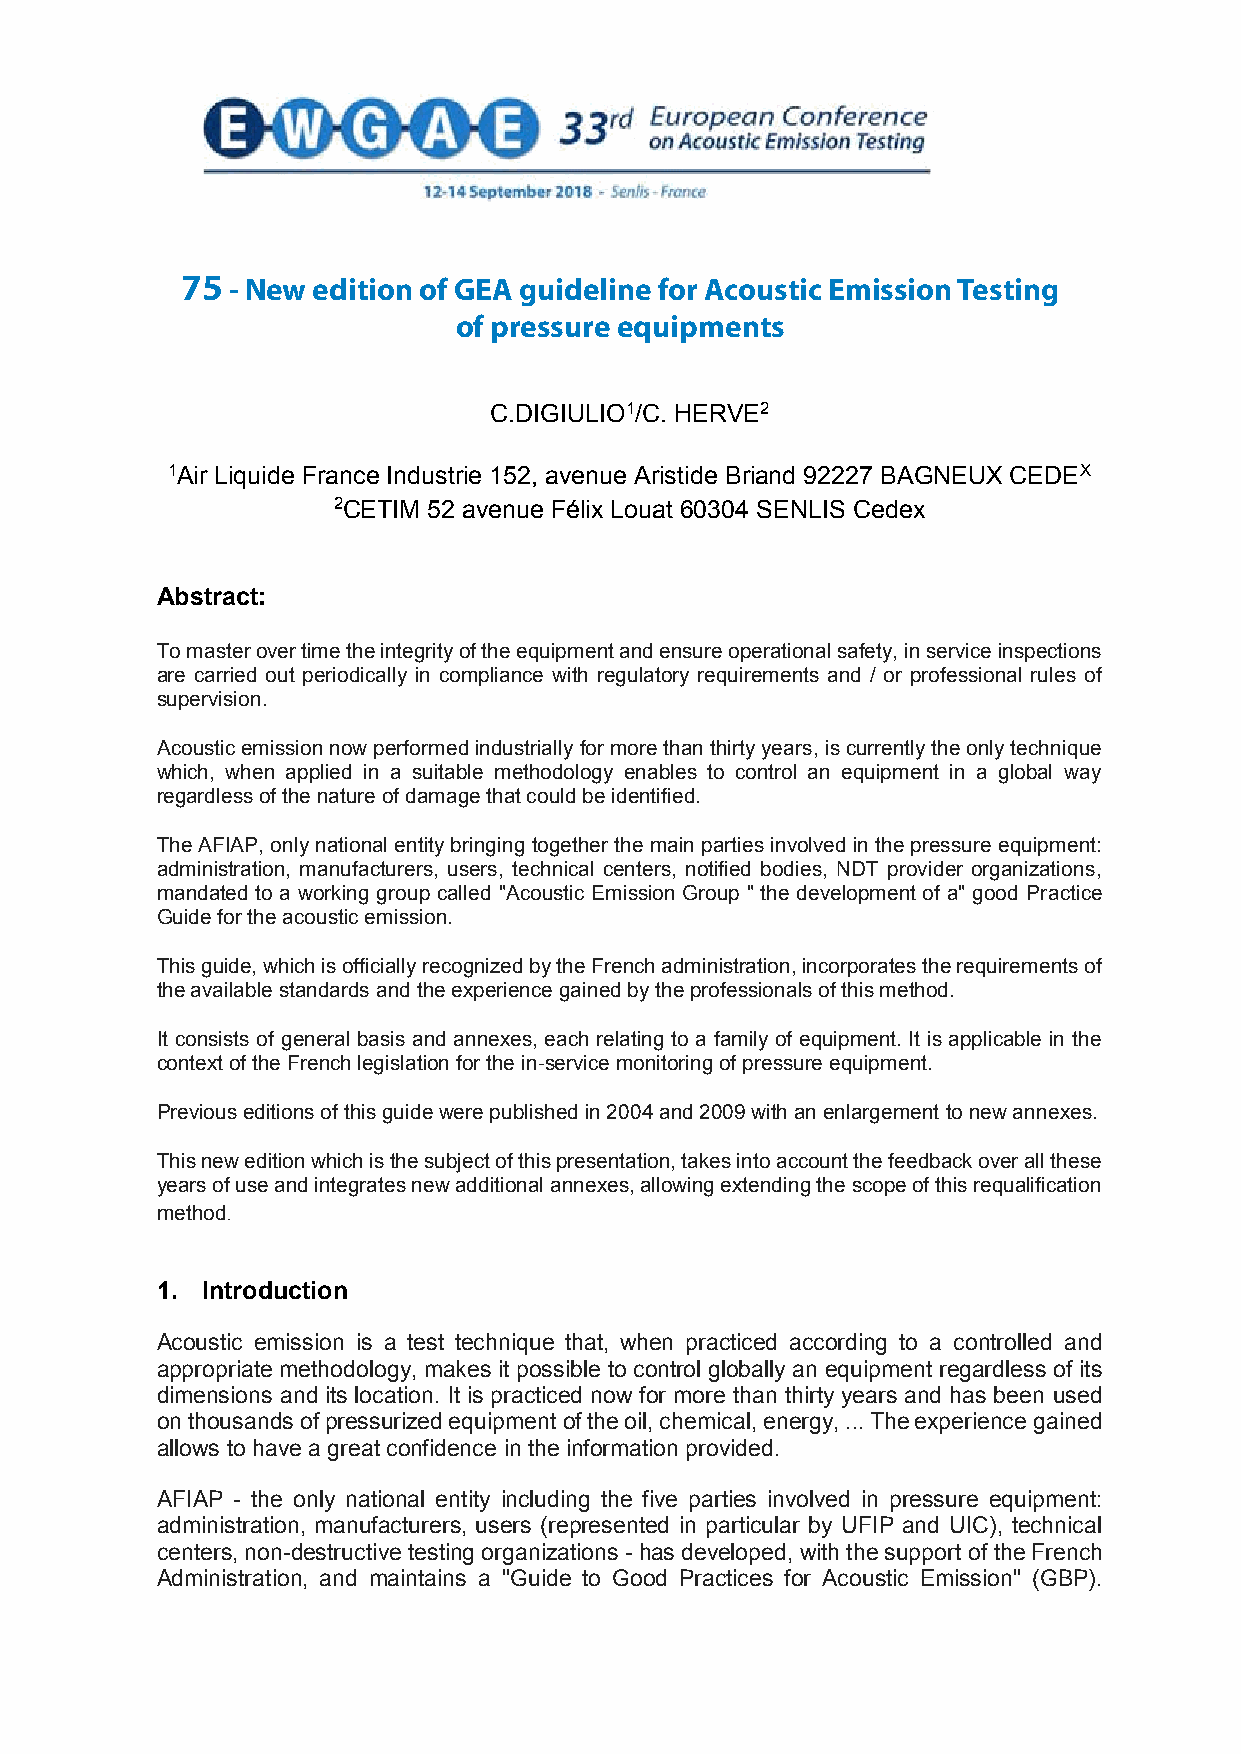
75 - New edition of GEA guideline for Acoustic Emission Testing
 NEW  EDITION  OF GEA  GUIDELINE  FOR ACOUSTIC   EMISSION
 of pressure equipments
 TESTING  OF PRESSURE   EQUIPMENTS
 C.DIGIULIO1/C. HERVE2
 1Air Liquide France Industrie 152, avenue Aristide Briand 92227 BAGNEUX CEDEX
 2CETIM 52 avenue Félix Louat 60304 SENLIS Cedex
 Abstract:
 To master over time the integrity of the equipment and ensure operational safety, in service inspections
 are carried out periodically in compliance with regulatory requirements and / or professional rules of
 supervision.
 Acoustic emission now performed industrially for more than thirty years, is currently the only technique
 which, when applied in a suitable methodology enables to control an equipment in a global way
 regardless of the nature of damage that could be identified.
 The AFIAP, only national entity bringing together the main parties involved in the pressure equipment:
 administration, manufacturers, users, technical centers, notified bodies, NDT provider organizations,
 mandated to a working group called "Acoustic Emission Group " the development of a" good Practice
 Guide for the acoustic emission.
 This guide, which is officially recognized by the French administration, incorporates the requirements of
 the available standards and the experience gained by the professionals of this method.
 It consists of general basis and annexes, each relating to a family of equipment. It is applicable in the
 context of the French legislation for the in-service monitoring of pressure equipment.
 Previous editions of this guide were published in 2004 and 2009 with an enlargement to new annexes.
 This new edition which is the subject of this presentation, takes into account the feedback over all these
 years of use and integrates new additional annexes, allowing extending the scope of this requalification
 method.
 1. Introduction
 Acoustic emission is a test technique that, when practiced according to a controlled and
 appropriate methodology, makes it possible to control globally an equipment regardless of its
 dimensions and its location. It is practiced now for more than thirty years and has been used
 on thousands of pressurized equipment of the oil, chemical, energy, ... The experience gained
 allows to have a great confidence in the information provided.
 AFIAP - the only national entity including the five parties involved in pressure equipment:
 administration, manufacturers, users (represented in particular by UFIP and UIC), technical
 centers, non-destructive testing organizations - has developed, with the support of the French
 Administration, and maintains a "Guide to Good Practices for Acoustic Emission" (GBP).
 1